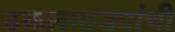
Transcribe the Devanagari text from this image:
ढकलगाड्यांची